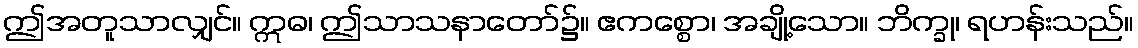
ဤအတူသာလျှင်။ ဣဓ၊ ဤသာသနာတော်၌။ ဧကစ္စော၊ အချို့သော။ ဘိက္ခု၊ ရဟန်းသည်။